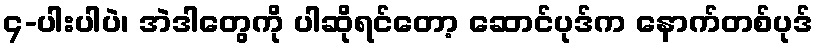
၄-ပါးပါပဲ၊ အဲဒါတွေကို ပါဆိုရင်တော့ ဆောင်ပုဒ်က နောက်တစ်ပုဒ်